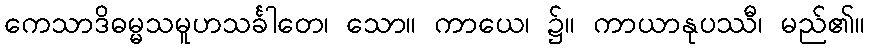
ကေသာဒိဓမ္မသမူဟသင်္ခါတေ၊ သော။ ကာယေ၊ ၌။ ကာယာနုပဿီ၊ မည်၏။